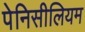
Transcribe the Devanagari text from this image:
पेनिसीलियम